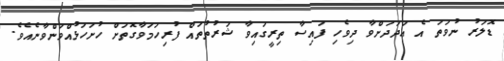
ޑޮލަރު ނުވަތަ އެ ޢަދަދަށްވާ ދިވެހި ފައިސާ ތިރީގައިވާ ޝަރުތުތައް ފުރިހަމަވާގޮތަށް ހުށަހަޅުއްވަންވާނެއެވެ.